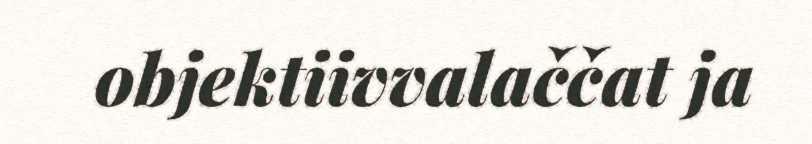
objektiivvalaččat ja